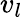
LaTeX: v_{l}